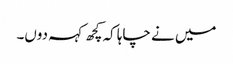
میں نے چاہا کہ کچھ کہہ دوں۔